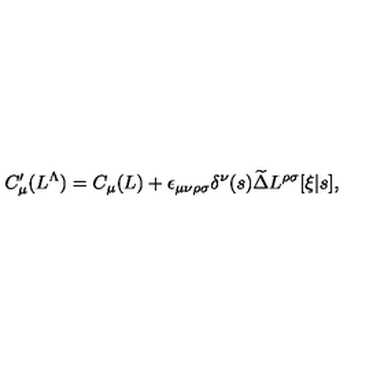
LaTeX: C _ { \mu } ^ { \prime } ( L ^ { \Lambda } ) = C _ { \mu } ( L ) + \epsilon _ { \mu \nu \rho \sigma } \delta ^ { \nu } ( s ) \widetilde \Delta L ^ { \rho \sigma } [ \xi | s ] ,